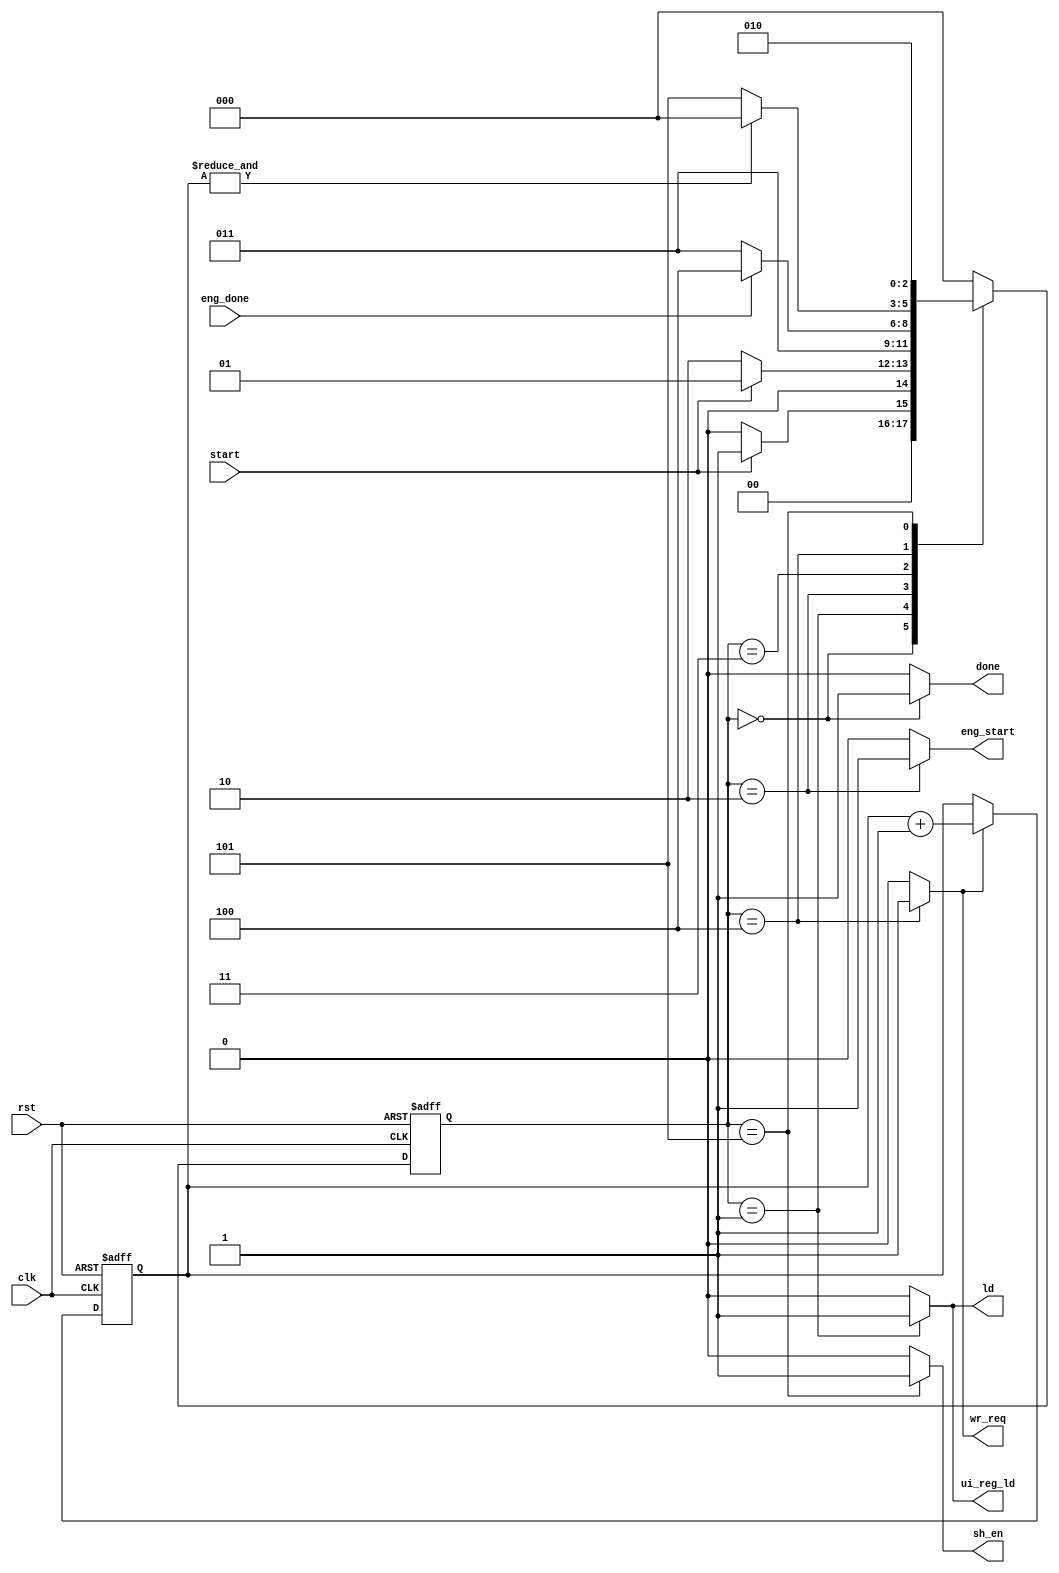
`define A 3'b000
`define B 3'b001
`define C 3'b010
`define D 3'b011
`define E 3'b100
`define F 3'b101

module Controller(input clk, rst, eng_done, start,
                  output reg ld, sh_en, wr_req, 
                  eng_start, ui_reg_ld, done);

    reg [2:0] ps, ns;
    reg [1:0] count;
    reg  cnt_en;
    
    wire co;
    assign co = &count;

    always @(ps or start or co or eng_done or rst) begin
        case (ps)
            `A: ns = ~start ? `A : `B;
            `B: ns = start ? `B : `C;
            `C: ns = `D;
            `D: ns = ~eng_done ? `D : `E;
            `E: ns = co ? `A : `F;
            `F: ns = `C;
            default: ns = `A;
        endcase
    end

    always @(ps) begin
        {done, ld, ui_reg_ld, eng_start, cnt_en, sh_en, wr_req} = 7'b0;
        case (ps)
            `A: done = 1'b1;
            `B: {ld, ui_reg_ld} = 2'b11;
            `C: eng_start = 1'b1;
            `E: {cnt_en, wr_req} = 2'b11;
            `F: sh_en = 1'b1;
            default:;
        endcase
    end
            
    always @(posedge clk or posedge rst) begin
        if (rst) begin
            ps <= `A;
            count <= 2'd0;
        end
        else begin
            ps <= ns;
            if(cnt_en)
                count <= count + 1;
        end
    end

endmodule